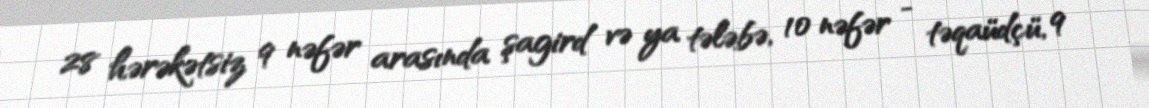
28 hərəkətsiz 9 nəfər arasında şagird və ya tələbə, 10 nəfər - təqaüdçü, 9